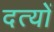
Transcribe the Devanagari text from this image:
दत्यों